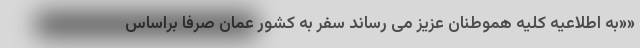
««به اطلاعیه کلیه هموطنان عزیز می رساند سفر به کشور عمان صرفاَ‌ براساس